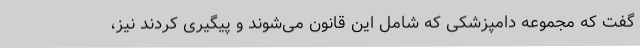
گفت که مجموعه دامپزشکی که شامل این قانون می‌شوند و پیگیری کردند نیز،